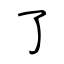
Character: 了